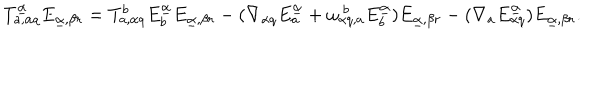
LaTeX: T _ { a , \alpha q } ^ { \underline { { \alpha } } } E _ { \underline { { \alpha } } , \beta r } = T _ { a , \alpha q } ^ { b } E _ { b } ^ { \underline { { \alpha } } } E _ { \underline { { \alpha } } , \beta r } - ( \nabla _ { \alpha q } E _ { a } ^ { \underline { { \alpha } } } + \omega _ { \alpha q , a } ^ { ~ b } E _ { b } ^ { \underline { { \alpha } } } ) E _ { \underline { { \alpha } } , \beta r } - ( \nabla _ { a } E _ { \alpha q } ^ { \underline { { \alpha } } } ) E _ { \underline { { \alpha } } , \beta r } .